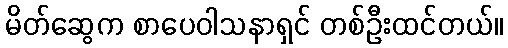
မိတ်ဆွေက စာပေဝါသနာရှင် တစ်ဦးထင်တယ်။